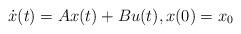
LaTeX: \begin{align*}\dot{x}(t) = Ax(t) + Bu(t),x(0) =x_0\end{align*}